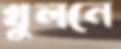
খুলনে